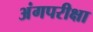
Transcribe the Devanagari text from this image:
अंगपरीक्षा